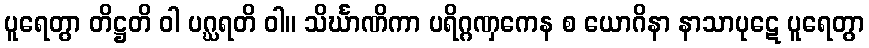
ပူရေတွာ တိဋ္ဌတိ ဝါ ပဂ္ဃရတိ ဝါ။ သိင်္ဃာဏိကာ ပရိဂ္ဂဏှကေန စ ယောဂိနာ နာသာပုဋေ ပူရေတွာ